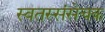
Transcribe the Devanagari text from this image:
स्वतस्संसेचक